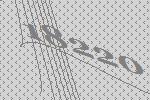
18220